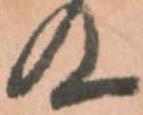
及